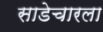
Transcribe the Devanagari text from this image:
साडेचारला